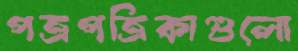
পত্রপত্রিকাগুলো